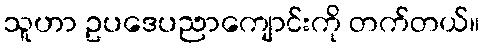
သူဟာ ဥပဒေပညာကျောင်းကို တက်တယ်။